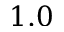
1 . 0